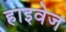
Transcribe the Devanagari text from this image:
हाइवेज